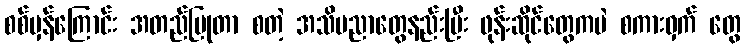
စစ်မှန်ကြောင်း အတည်ပြုတာ စတဲ့ အသိပညာတွေနည်းပြီး ဖုန်းဆိုင်တွေကပဲ စကားဝှက် တွေ